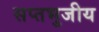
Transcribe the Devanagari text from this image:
सप्तभुजीय